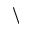
\backslash